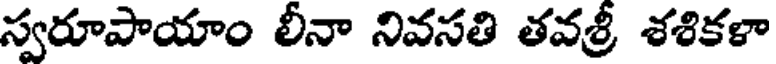
స్వరూపాయాం లీనా నివసతి తవశ్రీ శశికళా